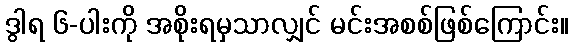
ဒွါရ ၆-ပါးကို အစိုးရမှသာလျှင် မင်းအစစ်ဖြစ်ကြောင်း။